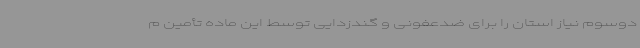
دوسوم نیاز استان را برای ضدعفونی و گندزدایی توسط این ماده تأمین م